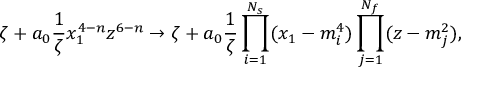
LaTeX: \zeta + a _ { 0 } \frac { 1 } { \zeta } x _ { 1 } ^ { 4 - n } z ^ { 6 - n } \to \zeta + a _ { 0 } \frac { 1 } { \zeta } \prod _ { i = 1 } ^ { N _ { s } } ( x _ { 1 } - m _ { i } ^ { 4 } ) \prod _ { j = 1 } ^ { N _ { f } } ( z - m _ { j } ^ { 2 } ) ,